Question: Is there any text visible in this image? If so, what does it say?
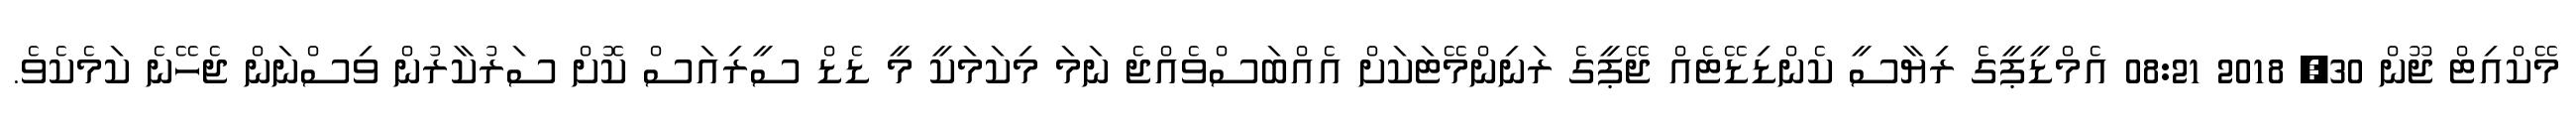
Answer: މޭކްއިޓް ޖޫން 30, 2018 08:21 އެމްޑީޕީގެ ރިޔާސީ ކެންޑިޑޭޓެއް ޖޭޕީގެ ރަނިންމޭޓަކަށް އެއްބަސްވެއްޖެ ނަމަ މިކަމަކީ މީ ޑެޑް ސީރިއަސް ކޮށް ސަރުކާރުން ވިސްނަން ޖެހޭނެ ކަމެކެވެ.